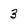
Character: 3